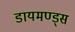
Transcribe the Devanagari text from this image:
डायमण्ड्स